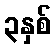
၃နှစ်